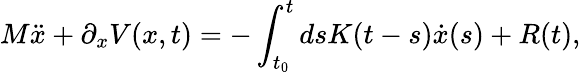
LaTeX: M\ddot{x}+\partial_{x}V(x,t)=-\int_{t_{0}}^{t}dsK(t-s)\dot{x}(s)+R(t),